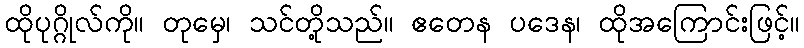
ထိုပုဂ္ဂိုလ်ကို။ တုမှေ၊ သင်တို့သည်။ ဧတေန ပဒေန၊ ထိုအကြောင်းဖြင့်။